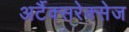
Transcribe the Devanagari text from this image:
अर्टैक्सरेक्सेज